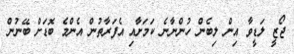
ޖޯޒީ ލަޑީވާ އިން ލިބެން ހުންނާނެ ކަމަށާއި އެފަރާތުން އެންމެ ބޮޑަށް ބޭނުން